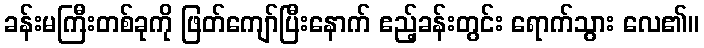
ခန်းမကြီးတစ်ခုကို ဖြတ်ကျော်ပြီးနောက် ဧည့်ခန်းတွင်း ရောက်သွား လေ၏။